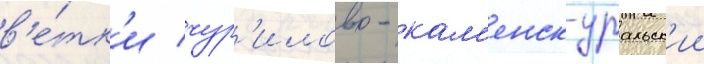
в'е́тк'и чур'илово - кам'енск-уральск'ии